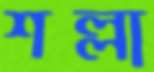
শল্লা